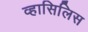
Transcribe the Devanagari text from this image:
व्हासिलिस